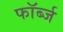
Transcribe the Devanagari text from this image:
फॉर्ब्ज